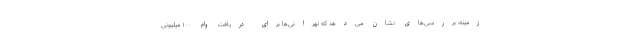
زمینه، بررسی‌های نشان می‌دهد که تهرانی‌ها برای دریافت وام ۱۰۰ میلیونی